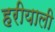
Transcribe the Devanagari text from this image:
हरीयाली